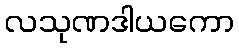
လသုဏဒါယကော